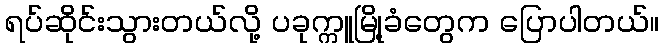
ရပ်ဆိုင်းသွားတယ်လို့ ပခုက္ကူမြို့ခံတွေက ပြောပါတယ်။